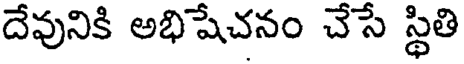
దేవునికి అభిషేచనం చేసే స్థితి